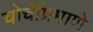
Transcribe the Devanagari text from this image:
चोचींप्रमाणे